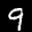
Label: 9